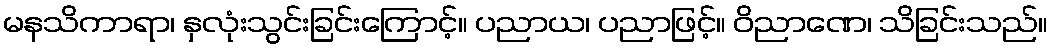
မနသိကာရာ၊ နှလုံးသွင်းခြင်းကြောင့်။ ပညာယ၊ ပညာဖြင့်။ ဝိညာဏေ၊ သိခြင်းသည်။